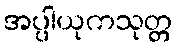
အပ္ပါယုကသုတ္တ